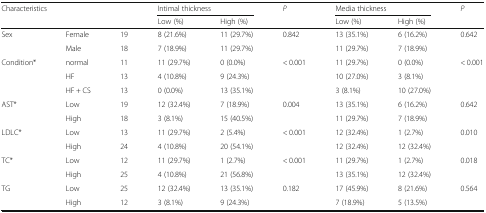
<table><thead><tr><td rowspan="2" colspan="3"><b>Characteristics</b></td><td colspan="2"><b>Intimal thickness</b></td><td><b><i>P</i></b></td><td colspan="2"><b>Media thickness</b></td><td><b><i>P</i></b></td></tr><tr><td><b>Low (%)</b></td><td><b>High (%)</b></td><td></td><td><b>Low (%)</b></td><td><b>High (%)</b></td><td></td></tr></thead><tbody><tr><td rowspan="2">Sex</td><td>Female</td><td>19</td><td>8 (21.6%)</td><td>11 (29.7%)</td><td rowspan="2">0.842</td><td>13 (35.1%)</td><td>6 (16.2%)</td><td rowspan="2">0.642</td></tr><tr><td>Male</td><td>18</td><td>7 (18.9%)</td><td>11 (29.7%)</td><td>11 (29.7%)</td><td>7 (18.9%)</td></tr><tr><td rowspan="3">Condition*</td><td>normal</td><td>11</td><td>11 (29.7%)</td><td>0 (0.0%)</td><td rowspan="3">&lt; 0.001</td><td>11 (29.7%)</td><td>0 (0.0%)</td><td rowspan="3">&lt; 0.001</td></tr><tr><td>HF</td><td>13</td><td>4 (10.8%)</td><td>9 (24.3%)</td><td>10 (27.0%)</td><td>3 (8.1%)</td></tr><tr><td>HF + CS</td><td>13</td><td>0 (0.0%)</td><td>13 (35.1%)</td><td>3 (8.1%)</td><td>10 (27.0%)</td></tr><tr><td rowspan="2">AST*</td><td>Low</td><td>19</td><td>12 (32.4%)</td><td>7 (18.9%)</td><td rowspan="2">0.004</td><td>13 (35.1%)</td><td>6 (16.2%)</td><td rowspan="2">0.642</td></tr><tr><td>High</td><td>18</td><td>3 (8.1%)</td><td>15 (40.5%)</td><td>11 (29.7%)</td><td>7 (18.9%)</td></tr><tr><td rowspan="2">LDLC*</td><td>Low</td><td>13</td><td>11 (29.7%)</td><td>2 (5.4%)</td><td rowspan="2">&lt; 0.001</td><td>12 (32.4%)</td><td>1 (2.7%)</td><td rowspan="2">0.010</td></tr><tr><td>High</td><td>24</td><td>4 (10.8%)</td><td>20 (54.1%)</td><td>12 (32.4%)</td><td>12 (32.4%)</td></tr><tr><td rowspan="2">TC*</td><td>Low</td><td>12</td><td>11 (29.7%)</td><td>1 (2.7%)</td><td rowspan="2">&lt; 0.001</td><td>11 (29.7%)</td><td>1 (2.7%)</td><td rowspan="2">0.018</td></tr><tr><td>High</td><td>25</td><td>4 (10.8%)</td><td>21 (56.8%)</td><td>13 (35.1%)</td><td>12 (32.4%)</td></tr><tr><td rowspan="2">TG</td><td>Low</td><td>25</td><td>12 (32.4%)</td><td>13 (35.1%)</td><td rowspan="2">0.182</td><td>17 (45.9%)</td><td>8 (21.6%)</td><td rowspan="2">0.564</td></tr><tr><td>High</td><td>12</td><td>3 (8.1%)</td><td>9 (24.3%)</td><td>7 (18.9%)</td><td>5 (13.5%)</td></tr></tbody></table>